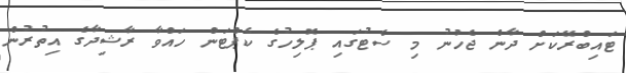
ޓައިބްރޭކަށް ދާން ޖެހުނު މި ސެޓުގައި ޕޮލިހުގެ ކެޕްޓަން ހައްވާ ރާޝިދާގެ އިތުރުން